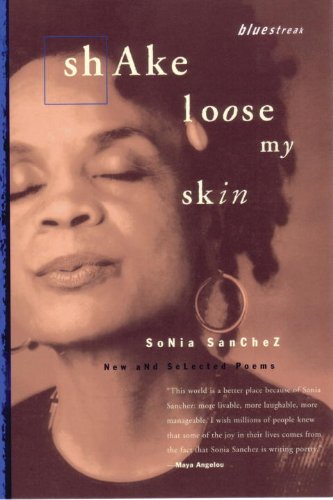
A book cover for Shake Loose My Skin: New and Selected Poems (Bluestreak); Sonia Sanchez; Literature & Fiction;